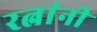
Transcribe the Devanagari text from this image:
रत्नांनी